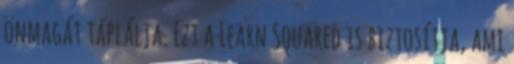
önmagát táplálja. Ezt a Learn Squared is biztosítja, ami